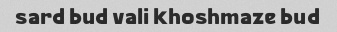
sard bud vali khoshmaze bud